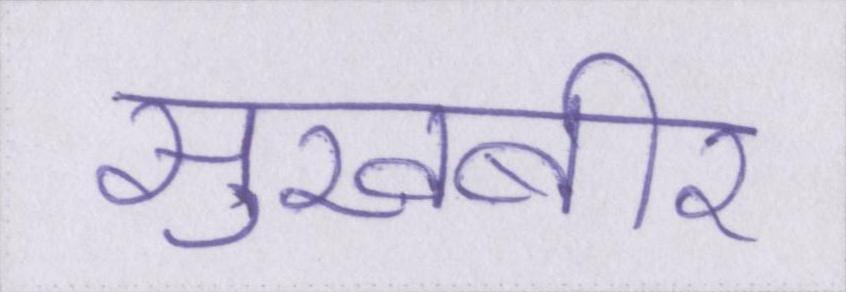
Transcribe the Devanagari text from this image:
सुखबीर